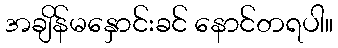
အချိန်မနှောင်းခင် နောင်တရပါ။